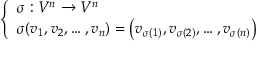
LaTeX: \left\{ \begin{array} { l l } { \sigma : V ^ { n } \to V ^ { n } } \\ { \sigma ( v _ { 1 } , v _ { 2 } , \ldots , v _ { n } ) = \left( v _ { \sigma ( 1 ) } , v _ { \sigma ( 2 ) } , \ldots , v _ { \sigma ( n ) } \right) } \end{array} \right.